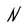
Character: N